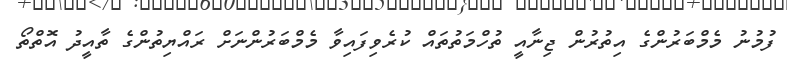
ފުމުނު މެމްބަރުންގެ އިތުރުން ޖިނާއީ ތުހްމަތުތައް ކުރެވިފައިވާ މެމްބަރުންނަށް ރައްޔިތުންގެ ތާއީދު އޮތްތޯ